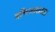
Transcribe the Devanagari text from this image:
इमिआलाटा